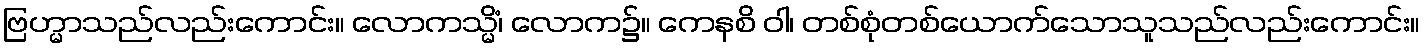
ဗြဟ္မာသည်လည်းကောင်း။ လောကသ္မိံ၊ လောက၌။ ကေနစိ ဝါ၊ တစ်စုံတစ်ယောက်သောသူသည်လည်းကောင်း။